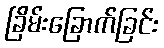
ခြိမ်းခြောက်ခြင်း